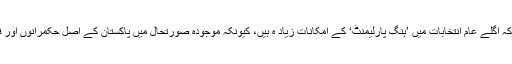
ویسے اگر دیکھا جائے تو حالیہ سینیٹ کے انتخابات سے ہی یہ واضح ہو جاتا ہے کہ اگلے عام انتخابات میں ’ہنگ پارلیمنٹ‘ کے امکانات زیاد ہ ہیں، کیونکہ موجودہ صورتحال میں پاکستان کے اصل حکمرانوں اور فیصلہ سازوں کو پارلیمنٹ میں کسی ایک جماعت کی اکثریت سوٹ نہیں کرتی ہے۔